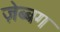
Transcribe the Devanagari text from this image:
ज़ेब्बग